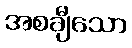
အစချီသော